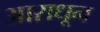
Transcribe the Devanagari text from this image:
आराधून